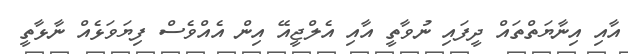
އާއި އިނާޔަތްތައް ދީފައި ނުވާތީ އާއި އެލްޖީއޭ އިން އެއްވެސް ފިޔަވަޅެއް ނާޅާތީ